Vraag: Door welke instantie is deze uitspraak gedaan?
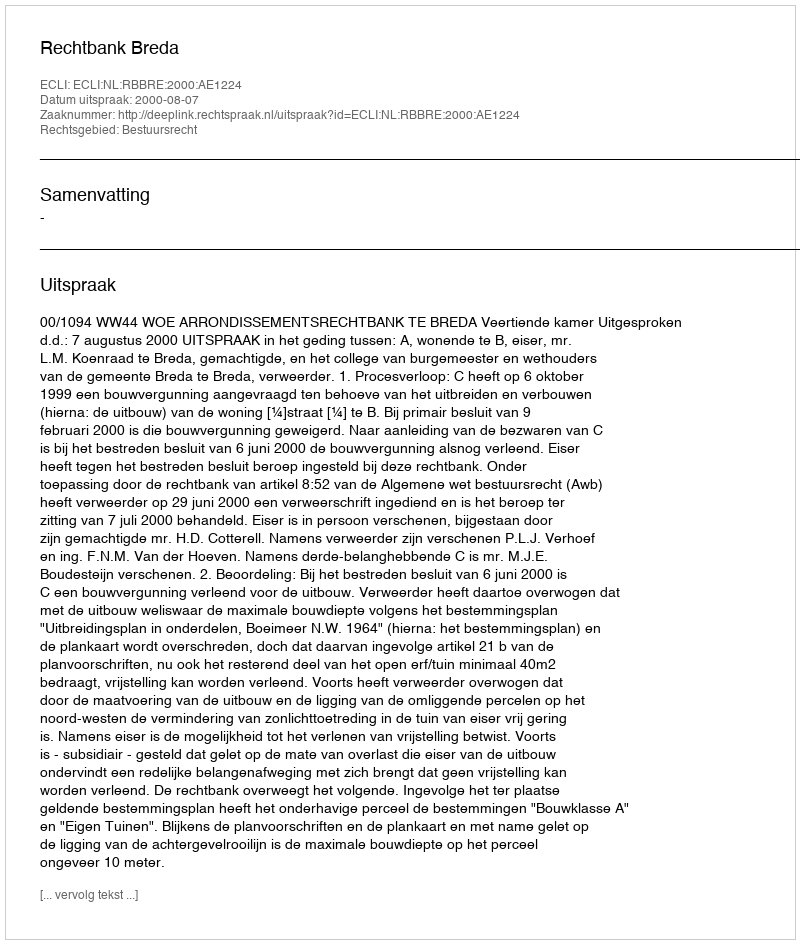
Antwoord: Rechtbank Breda